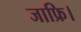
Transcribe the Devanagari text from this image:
जाफ्रि।